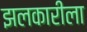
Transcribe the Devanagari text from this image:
झलकारीला